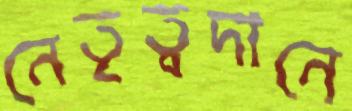
নেতৃত্বদানে